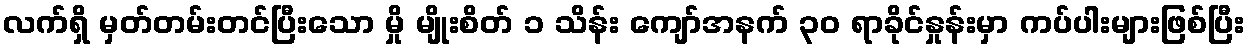
လက်ရှိ မှတ်တမ်းတင်ပြီးသော မှို မျိုးစိတ် ၁ သိန်း ကျော်အနက် ၃၀ ရာခိုင်နှုန်းမှာ ကပ်ပါးများဖြစ်ပြီး